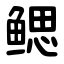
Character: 鳃